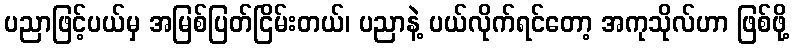
ပညာဖြင့်ပယ်မှ အမြစ်ပြတ်ငြိမ်းတယ်၊ ပညာနဲ့ ပယ်လိုက်ရင်တော့ အကုသိုလ်ဟာ ဖြစ်ဖို့